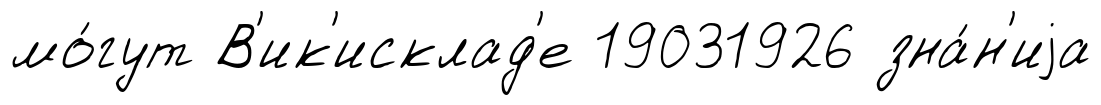
мо́гут В'ик'исклад'е 19031926 зна́н'иjа